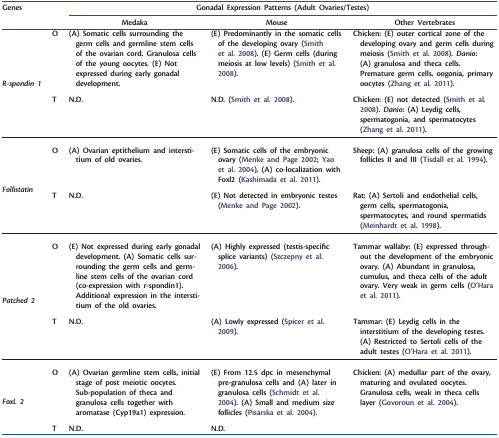
<table><thead><tr><td><b>Genes</b></td><td></td><td colspan="3"><b>Gonadal Expression Patterns (Adult Ovaries/Testes)</b></td></tr><tr><td></td><td></td><td><b>Medaka</b></td><td><b>Mouse</b></td><td><b>Other Vertebrates</b></td></tr></thead><tbody><tr><td rowspan="2"><b><i>R-spondin 1</i></b></td><td>O</td><td>(A) Somatic cells surrounding the germ cells and germline stem cells of the ovarian cord. Granulosa cells of the young oocytes. (E) Not expressed during early gonadal development.</td><td>(E) Predominantly in the somatic cells of the developing ovary (Smith et al. 2008). (E) Germ cells (during meiosis at low levels) (Smith et al. 2008).</td><td>Chicken: (E) outer cortical zone of the developing ovary and germ cells during meiosis (Smith et al. 2008). <i>Danio</i>: (A) granulosa and theca cells. Premature germ cells, oogonia, primary oocytes (Zhang et al. 2011).</td></tr><tr><td>T</td><td>N.D.</td><td>N.D. (Smith et al. 2008).</td><td>Chicken: (E) not detected (Smith et al. 2008). <i>Danio</i>: (A) Leydig cells, spermatogonia, and spermatocytes (Zhang et al. 2011).</td></tr><tr><td rowspan="2"><b><i>Follistatin</i></b></td><td>O</td><td>(A) Ovarian eptithelium and interstitium of old ovaries.</td><td>(E) Somatic cells of the embryonic ovary (Menke and Page 2002; Yao et al. 2004), (A) co-localization with Foxl2 (Kashimada et al. 2011).</td><td>Sheep: (A) granulosa cells of the growing follicles II and III (Tisdall et al. 1994).</td></tr><tr><td>T</td><td>N.D.</td><td>(E) Not detected in embryonic testes (Menke and Page 2002).</td><td>Rat: (A) Sertoli and endothelial cells, germ cells, spermatogonia, spermatocytes, and round spermatids (Meinhardt et al. 1998).</td></tr><tr><td rowspan="2"><b><i>Patched 2</i></b></td><td>O</td><td>(E) Not expressed during early gonadal development. (A) Somatic cells surrounding the germ cells and germline stem cells of the ovarian cord (co-expression with r-spondin1). Additional expression in the interstitium of the old ovaries.</td><td>(A) Highly expressed (testis-specific splice variants) (Szczepny et al. 2006).</td><td>Tammar wallaby: (E) expressed throughout the development of the embryonic ovary. (A) Abundant in granulosa, cumulus, and theca cells of the adult ovary. Very weak in germ cells (O&#x27;Hara et al. 2011).</td></tr><tr><td>T</td><td>N.D.</td><td>(A) Lowly expressed (Spicer et al. 2009).</td><td>Tammar: (E) Leydig cells in the interstitium of the developing testes. (A) Restricted to Sertoli cells of the adult testes (O&#x27;Hara et al. 2011).</td></tr><tr><td rowspan="2"><b><i>FoxL 2</i></b></td><td>O</td><td>(A) Ovarian germline stem cells, initial stage of post meiotic oocytes. Sub-population of theca and granulosa cells together with aromatase (Cyp19a1) expression.</td><td>(E) From 12.5 dpc in mesenchymal pre-granulosa cells and (A) later in granulosa cells (Schmidt et al. 2004). (A) Small and medium size follicles (Pisarska et al. 2004).</td><td>Chicken: (A) medullar part of the ovary, maturing and ovulated oocytes. Granulosa cells, weak in theca cells layer (Govoroun et al. 2004).</td></tr><tr><td>T</td><td>N.D.</td><td>N.D.</td><td></td></tr></tbody></table>